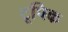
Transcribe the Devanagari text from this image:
टूपिक